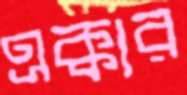
এক্কার